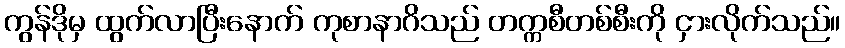
ကွန်ဒိုမှ ထွက်လာပြီးနောက် ကုစာနာဂိသည် တက္ကစီတစ်စီးကို ငှားလိုက်သည်။